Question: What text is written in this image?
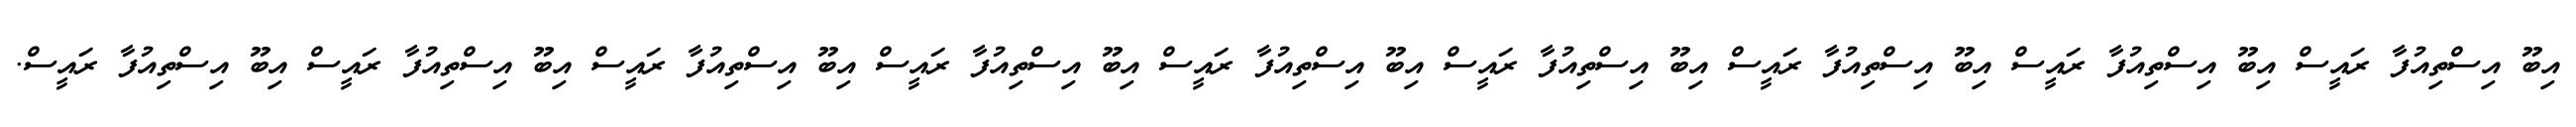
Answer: އިބޫ އިސްތިއުފާ ރައީސް އިބޫ އިސްތިއުފާ ރައީސް އިބޫ އިސްތިއުފާ ރައީސް އިބޫ އިސްތިއުފާ ރައީސް އިބޫ އިސްތިއުފާ ރައީސް އިބޫ އިސްތިއުފާ ރައީސް އިބޫ އިސްތިއުފާ ރައީސް އިބޫ އިސްތިއުފާ ރައީސް އިބޫ އިސްތިއުފާ ރައީސް.